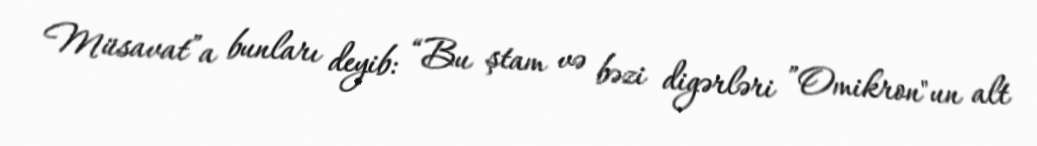
Müsavat”a bunları deyib: “Bu ştam və bəzi digərləri ”Omikron"un alt